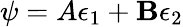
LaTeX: \psi=A\epsilon_{1}+\mathbf{B}\epsilon_{2}